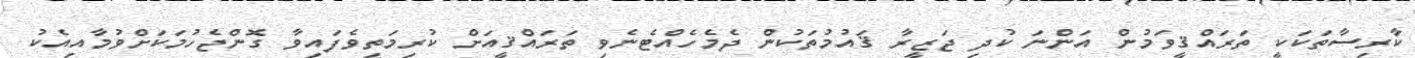
ކާރިސާތަކަކީ ތަރައްޤީވަމުން އަންނަ ކުދި ޖަޒީރާ ޤައުމުތަކުން ދެމެހެއްޓެނެވި ތަރައްޤީއަށް ކުރިމަތިވެފައިވާ ގޮންޖެހުމަކަށްވުމާއިއެކު